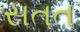
સતત